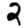
Digit: 2